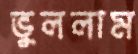
ভুললাম